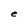
Character: e